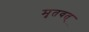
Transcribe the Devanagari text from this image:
मृतवत्‌